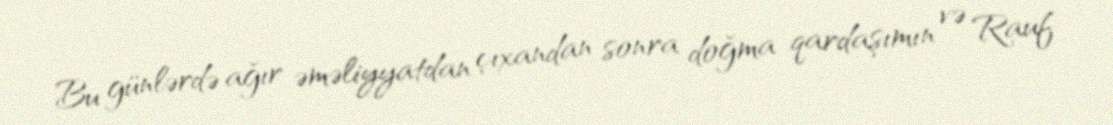
Bu günlərdə ağır əməliyyatdan çıxandan sonra doğma qardaşımın və Rauf